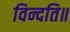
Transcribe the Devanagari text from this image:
विन्दति॥